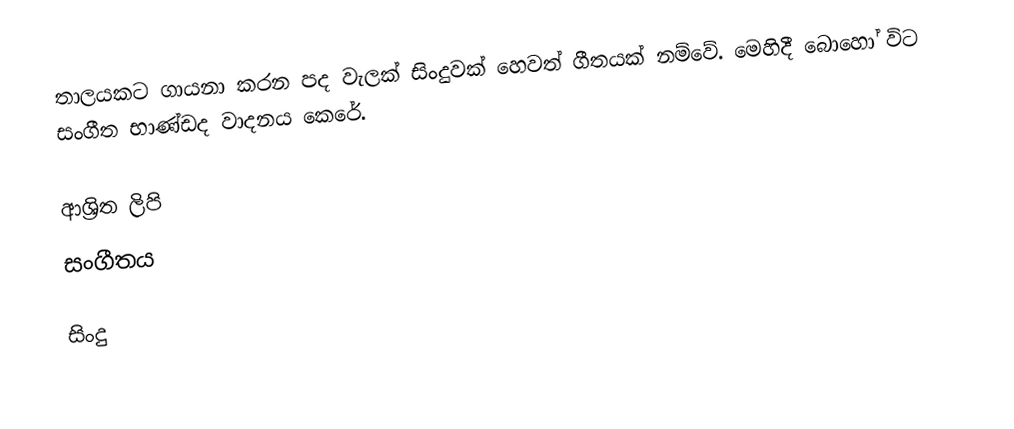
තාලයකට ගායනා කරන පද වැලක්  සිංදුවක් හෙවත් ගීතයක් නම්වේ. මෙහිදී බොහෝ විට සංගීත භාණ්ඩද වාදනය කෙරේ.

ආශ්‍රිත ලිපි
 සංගීතය

සිංදු